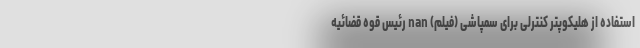
استفاده از هلیکوپتر کنترلی برای سمپاشی (فیلم) nan رئیس قوه قضائیه